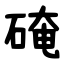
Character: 硽